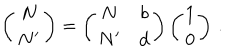
\left( \begin{matrix} { { N } } \\ { { N ^ { \prime } } } \\ \end{matrix} \right) = \left( \begin{matrix} { { N } } & { { b } } \\ { { N ^ { \prime } } } & { { d } } \\ \end{matrix} \right) \left( \begin{matrix} { { 1 } } \\ { { 0 } } \\ \end{matrix} \right) \, .